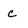
Character: c